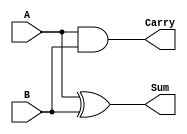
module half_adder (
    input wire A,      // First input bit
    input wire B,      // Second input bit
    output wire Sum,   // Output representing the sum
    output wire Carry  // Output representing the carry
);

// Assign the Sum output using XOR operation
assign Sum = A ^ B;

// Assign the Carry output using AND operation
assign Carry = A & B;

endmodule